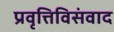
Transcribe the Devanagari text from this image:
प्रवृत्तिविसंवाद